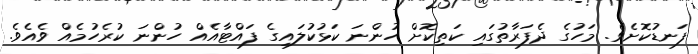
ފަނޑުކޮށެވެ. މަހުގެ ދެފަރާތުގައި ކަތިކޮށް ހުންނަ ކަޅުކުލައިގެ ފައްޓާއެއް ހުންނަ ކުރެހުމެއް ވެއެވެ.